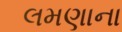
લમણાના